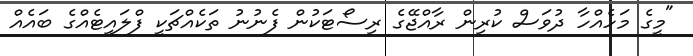
"މީގެ މަހެއްހާ ދުވަސް ކުރިން ރާއްޖޭގެ ރިސޯޓަކުން ފެނުނު ތަކެއްޗަކީ ފްލައިޓެއްގެ ބައެއް